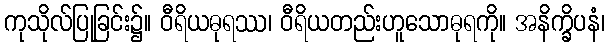
ကုသိုလ်ပြုခြင်း၌။ ဝီရိယဓုရဿ၊ ဝီရိယတည်းဟူသောဓုရကို။ အနိက္ခိပနံ၊